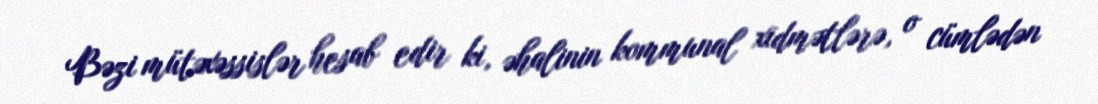
Bəzi mütəxəssislər hesab edir ki, əhalinin kommunal xidmətlərə, o cümlədən